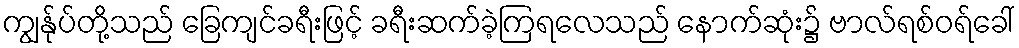
ကျွန်ုပ်တို့သည် ခြေကျင်ခရီးဖြင့် ခရီးဆက်ခဲ့ကြရလေသည် နောက်ဆုံး၌ ဗာလ်ရစ်ဝရ်ခေါ်